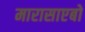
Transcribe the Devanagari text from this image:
मारासाएबो